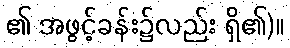
၏ အဖွင့်ခန်း၌လည်း ရှိ၏)။